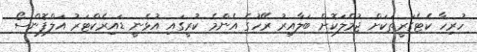
ހުރިހާ ކެޓެގަރީތަކަށް ޖުމްލަކޮށް ބަލާއިރު ރޭހުގެ އެންމެ ކުރީގައި އުޅެނީ ޑައިރެކްޓަރު އަލްފޮންސޯ